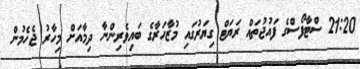
21:20 ސްޓާފޯސްގެ ފައުޖުތައް ރަޔަޓް ގިޔަރުގައި މުޒާހަޜާގެ ބައިވެރިންނާ ދިމާއަށް މިހާރު ޖެހެމުން